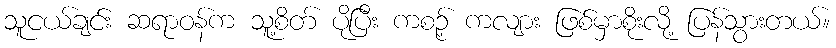
သူငယ်ချင်း ဆရာဝန်က သူ့စိတ် ပိုပြီး ကစဉ့် ကလျား ဖြစ်မှာစိုးလို့ ပြန်သွားတယ်။